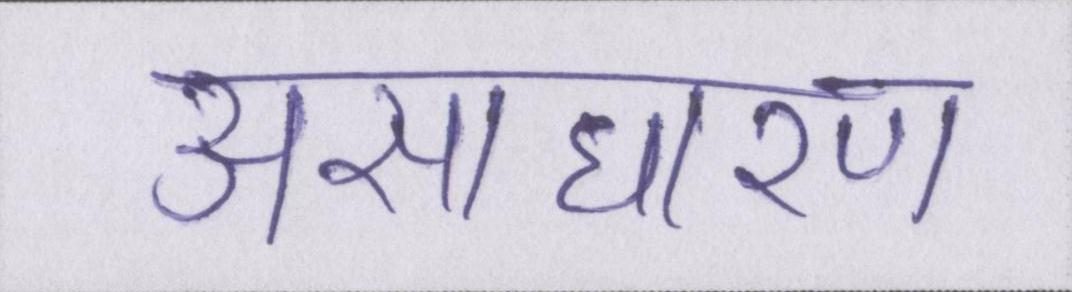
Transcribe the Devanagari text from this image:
असाधारण